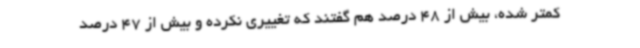
کمتر شده، بیش از 48 درصد هم گفتند که تغییری نکرده و بیش از 47 درصد